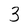
Character: 3